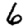
Digit: 6